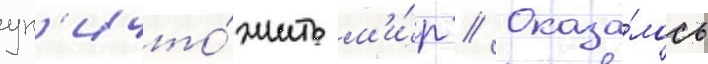
ун'ичто́жить м'и́р // Оказа́лось